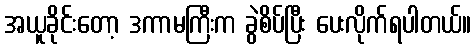
အယူခိုင်းတော့ ဒကာမကြီးက ခွဲစိပ်ပြီး ပေးလိုက်ရပါတယ်။